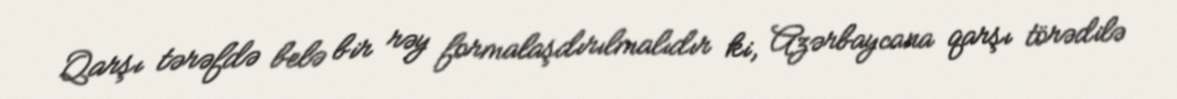
Qarşı tərəfdə belə bir rəy formalaşdırılmalıdır ki, Azərbaycana qarşı törədilə